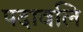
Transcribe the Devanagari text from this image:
पदावलि